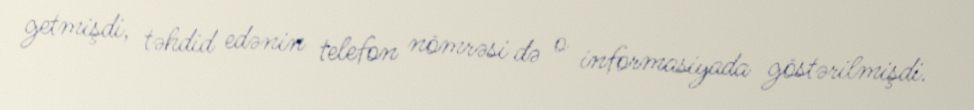
getmişdi, təhdid edənin telefon nömrəsi də o informasiyada göstərilmişdi.